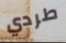
طردي